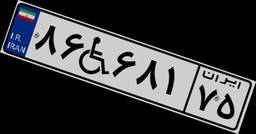
۷۲W۱۸۰۱۷